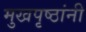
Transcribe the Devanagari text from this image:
मुखपृष्ठांनी